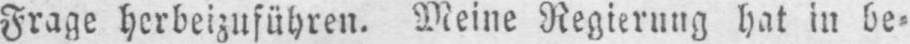
Frage herbeizuführen. Meine Regierung hat in be⸗